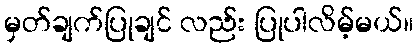
မှတ်ချက်ပြုချင် လည်း ပြုပါလိမ့်မယ်။